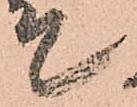
て